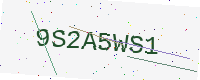
Text: 9S2A5WS1